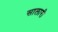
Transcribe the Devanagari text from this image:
सालारी